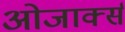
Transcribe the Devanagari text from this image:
ओजार्क्स